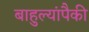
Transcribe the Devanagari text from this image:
बाहुल्यांपैकी